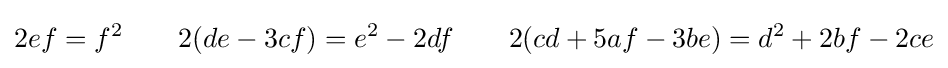
2ef=f^{2}\qquad 2(de-3cf)=e^{2}-2df\qquad 2(cd+5af-3be)=d^{2}+2bf-2ce